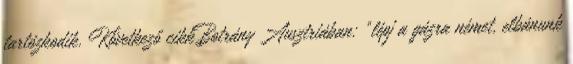
tartózkodik. Következő cikkBotrány Ausztriában: “lépj a gázra német, elbánunk